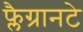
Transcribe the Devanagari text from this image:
फ्लैग्रानटे